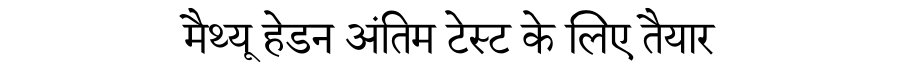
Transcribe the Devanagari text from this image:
मैथ्यू हेडन अंतिम टेस्ट के लिए तैयार